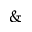
\&